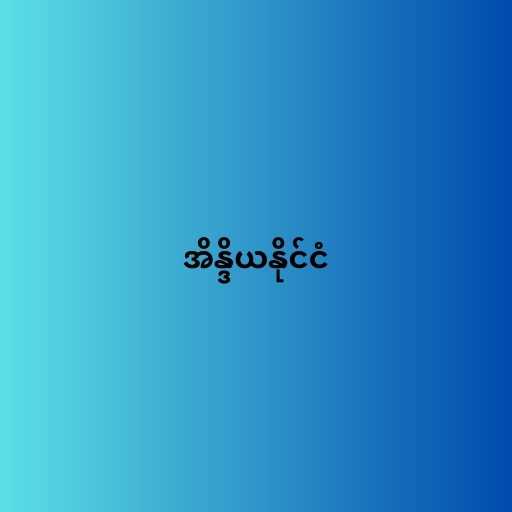
အိန္ဒိယနိုင်ငံ